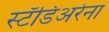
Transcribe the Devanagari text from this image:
स्टॅडिअरेना